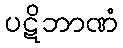
ပဋိဘာဏံ